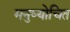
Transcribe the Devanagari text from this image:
मनुष्योचित